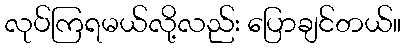
လုပ်ကြရမယ်လို့လည်း ပြောချင်တယ်။